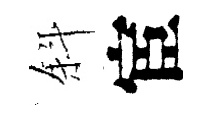
斜宦